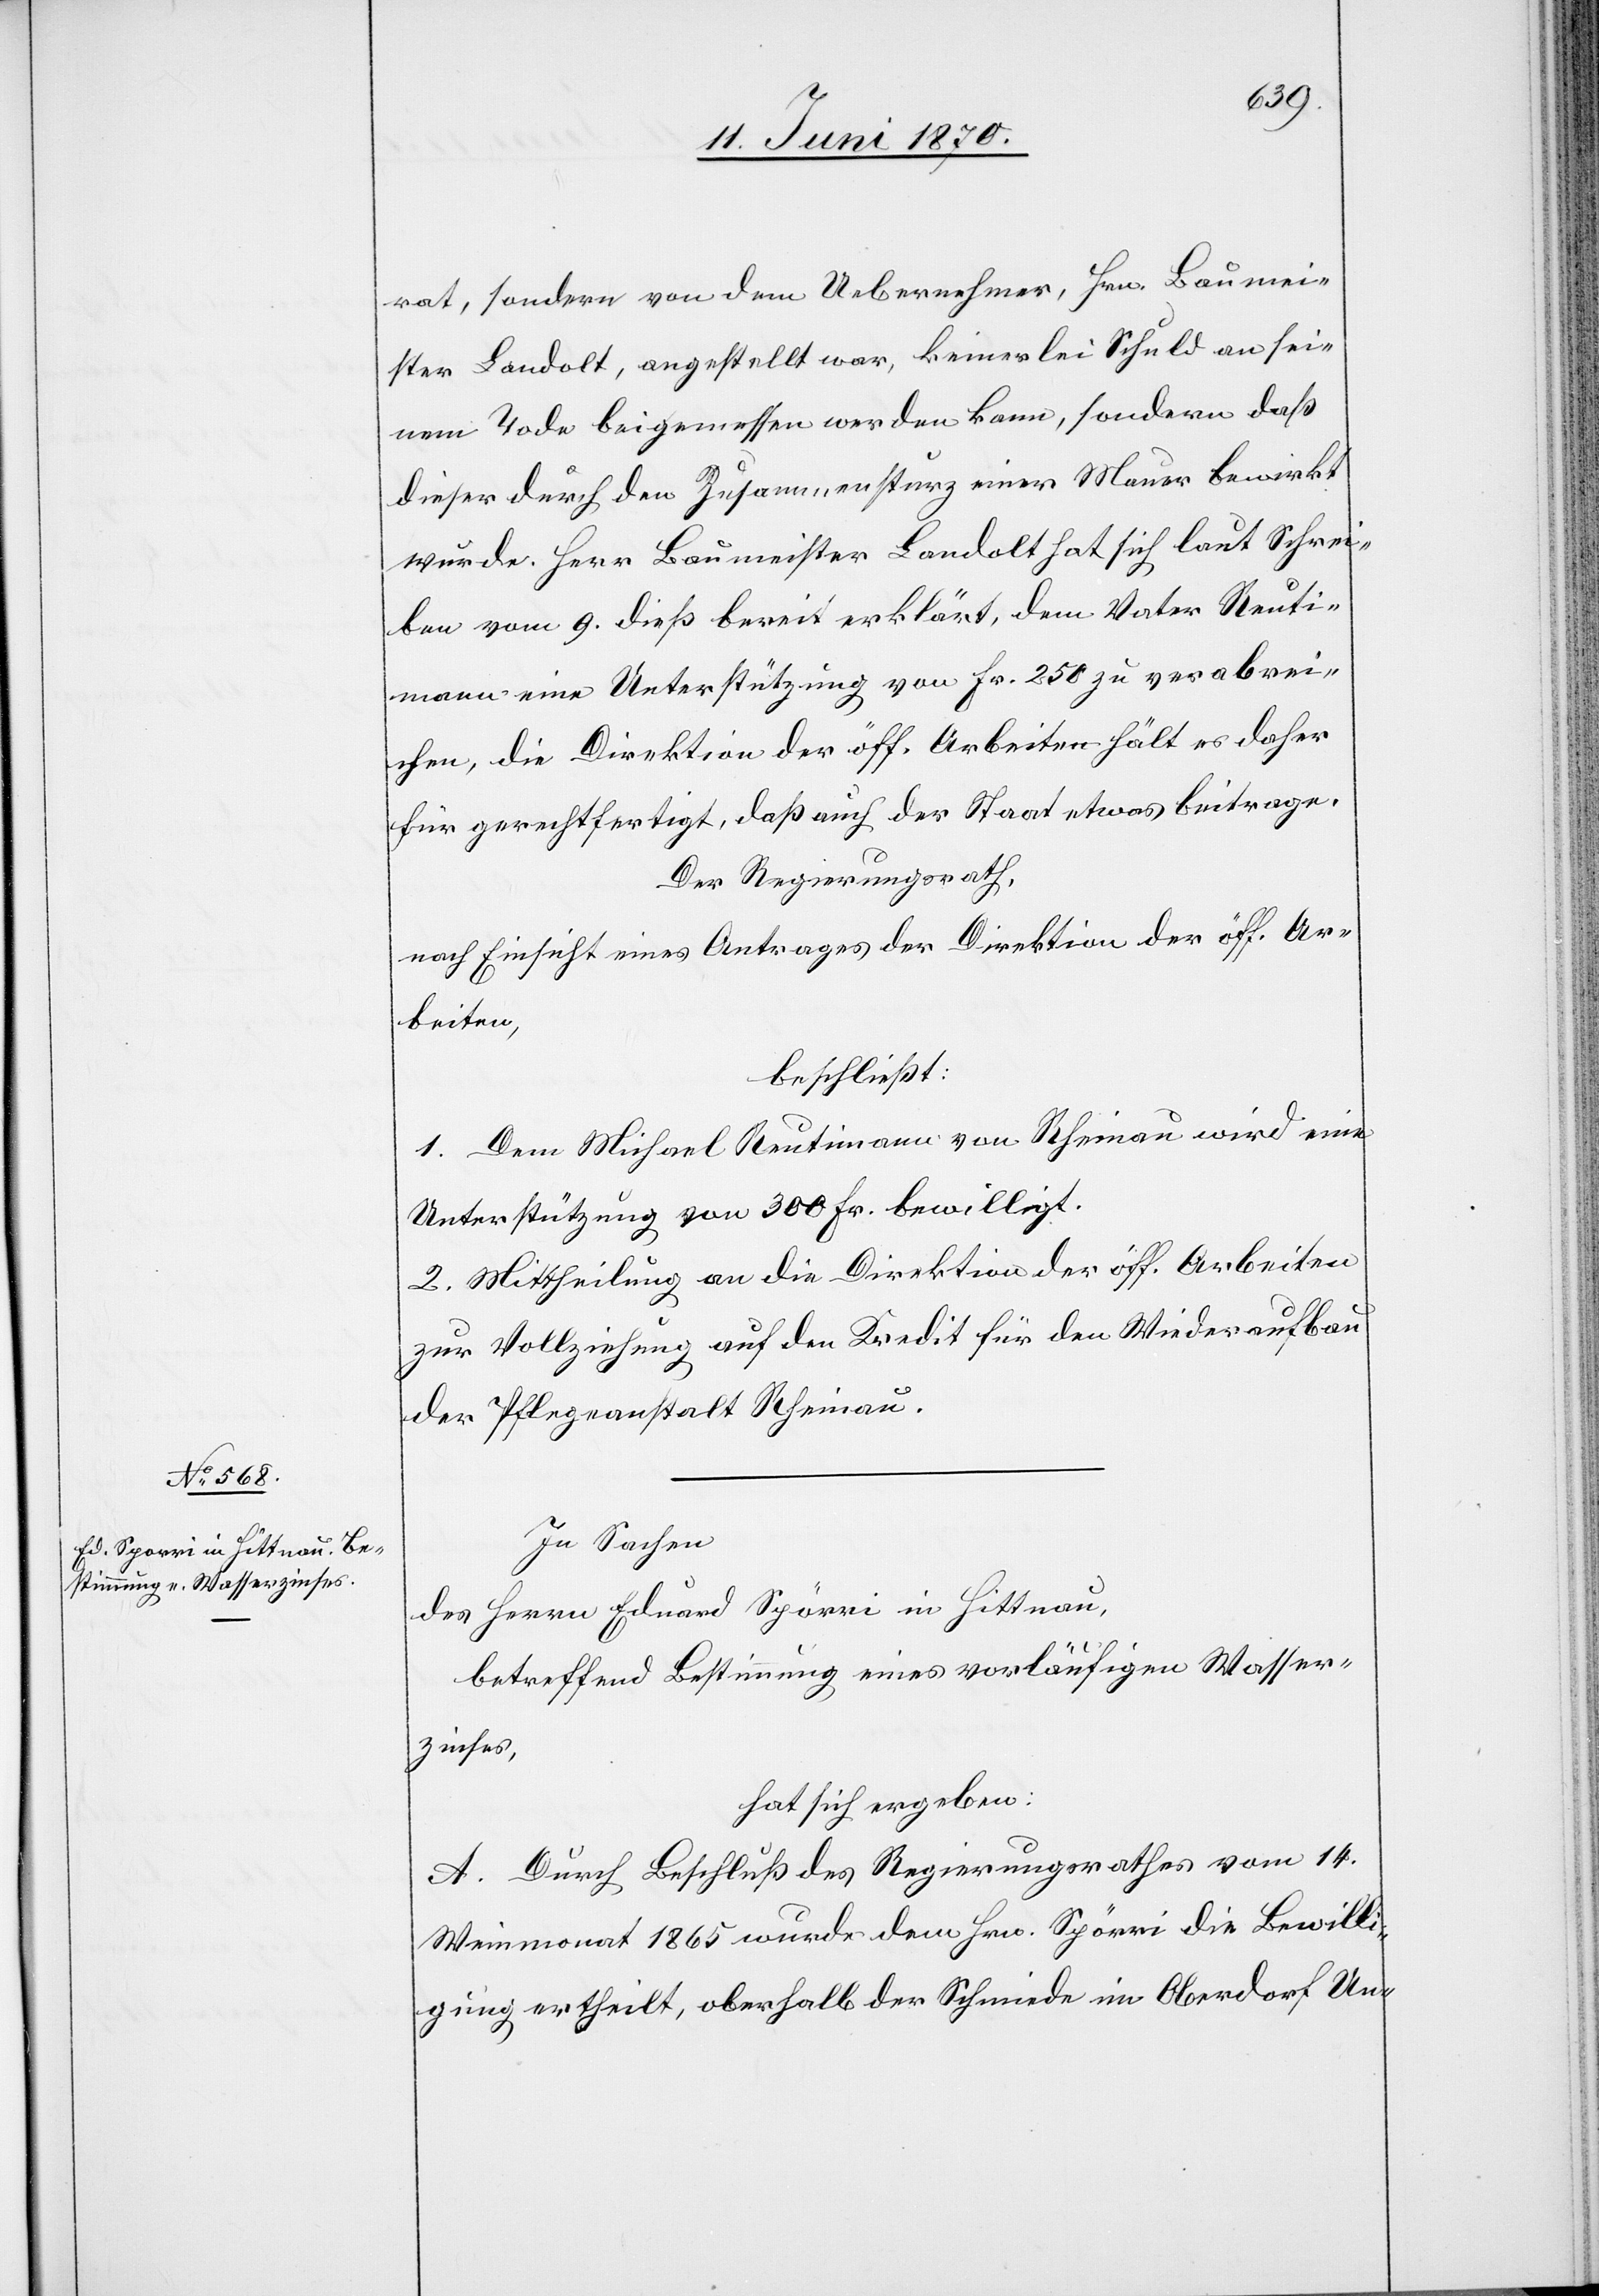
rat, sondern von dem Uebernehmer, Hrn. Baumei¬
ster Landolt, angestellt war, keinerlei Schuld an sei¬
nem Tode beigemessen werden kann, sondern daß
dieser durch den Zusammensturz einer Mauer bewirkt
wurde. Herr Baumeister Landolt hat sich laut Schrei¬
ben vom 9. dieß bereit erklärt, dem Vater Reuti¬
mann [sic!] eine Unterstützung von Fr. 250 zu verabrei¬
chen, die Direktion der öff. Arbeiten hält es daher
für gerechtfertigt, daß auch der Staat etwas beitrage.
Der Regierungsrath,
nach Einsicht eines Antrages der Direktion der öff. Ar¬
beiten,
beschließt:
1. Dem Michael Reutimann von Rheinau wird eine
Unterstützung von 300 Fr. bewilligt.
2. Mittheilung an die Direktion der öff. Arbeiten
zur Vollziehung auf den Kredit für den Wiederaufbau
der Pflegeanstalt Rheinau.
In Sachen
des Herrn Eduard Spörri [sic!] in Hittnau,
betreffend Bestimmung eines vorläufigen Wasser¬
zinses,
hat sich ergeben:
A. Durch Beschluß des Regierungsrathes vom 14.
Weinmonat 1865 wurde dem Hrn. Spörri die Bewilli¬
gung ertheilt, oberhalb der Schmiede im Oberdorf Un-